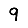
Digit: 9